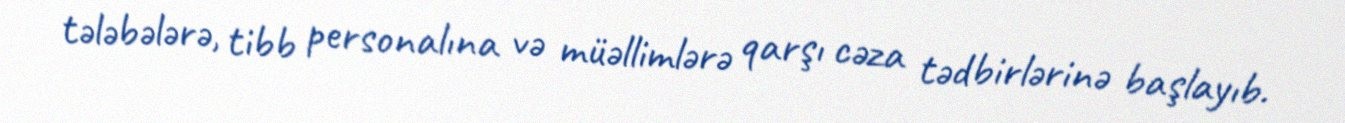
tələbələrə, tibb personalına və müəllimlərə qarşı cəza tədbirlərinə başlayıb.